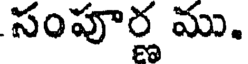
సంపూర్ణ ము.